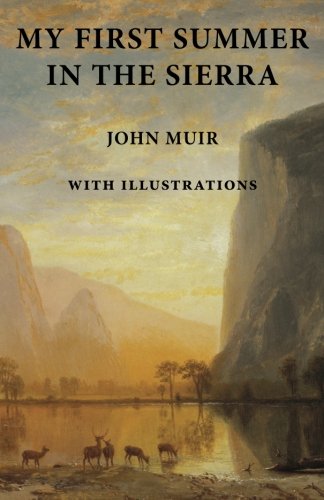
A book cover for My First Summer in the Sierra: with Illustrations; John Muir; Science & Math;